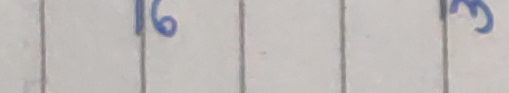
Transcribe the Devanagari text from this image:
१६ ३